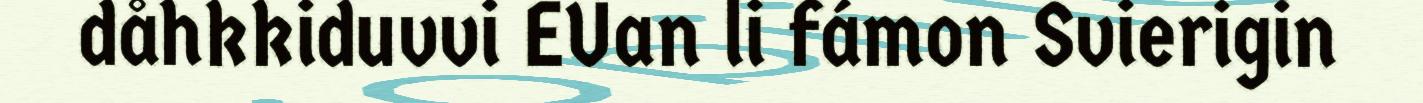
dåhkkiduvvi EUan li fámon Svierigin